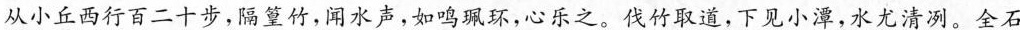
从小丘西行百二十步，隔篁竹，闻水声，如鸣珮环，心乐之。伐竹取道，下见小潭，水尤清冽。全石